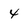
Character: 4